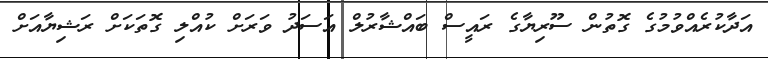
އަދާކުރެއްވުމުގެ ގޮތުން ސޫރިޔާގެ ރައީސް ބައްޝާރުލް އަސަދު ވަރަށް ކުއްލި ގޮތަކަށް ރަޝިޔާއަށް